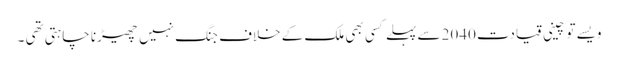
ویسے تو چینی قیادت 2040 سے پہلے کسی بھی ملک کے خلاف جنگ نہیں چھیڑنا چاہتی تھی ۔